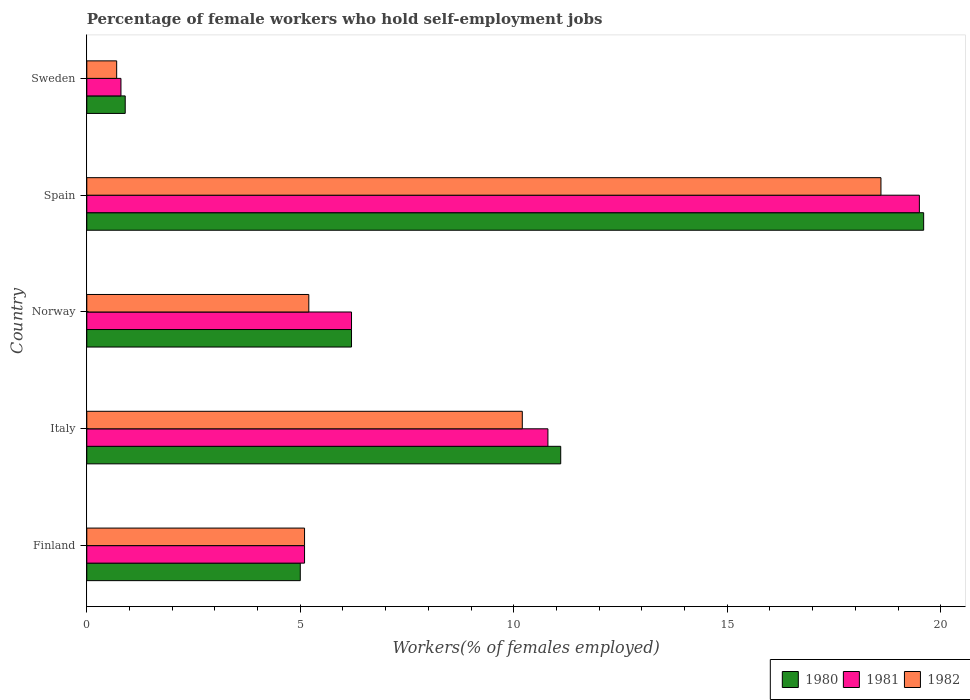
| Country | 1980 | 1981 | 1982 |
 | --- | --- | --- | --- |
 | Finland | 5 | 5.1 | 5.1 |
 | Italy | 11.1 | 10.8 | 10.2 |
 | Norway | 6.2 | 6.2 | 5.2 |
 | Spain | 19.6 | 19.5 | 18.6 |
 | Sweden | 0.9 | 0.8 | 0.7 |